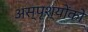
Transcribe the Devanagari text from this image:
अस्पृश्योंको